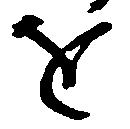
を